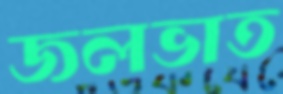
জলভাত